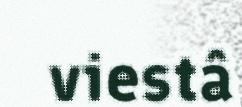
viestâ